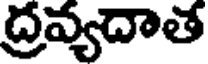
ద్రవ్యదాత